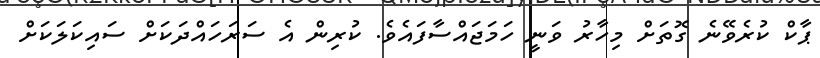
ޕާކް ކުރެވޭނެ ގޮތަށް މިހާރު ވަނީ ހަމަޖައްސާފައެވެ. ކުރިން އެ ސަރަހައްދަކަށް ސައިކަލަކަށް